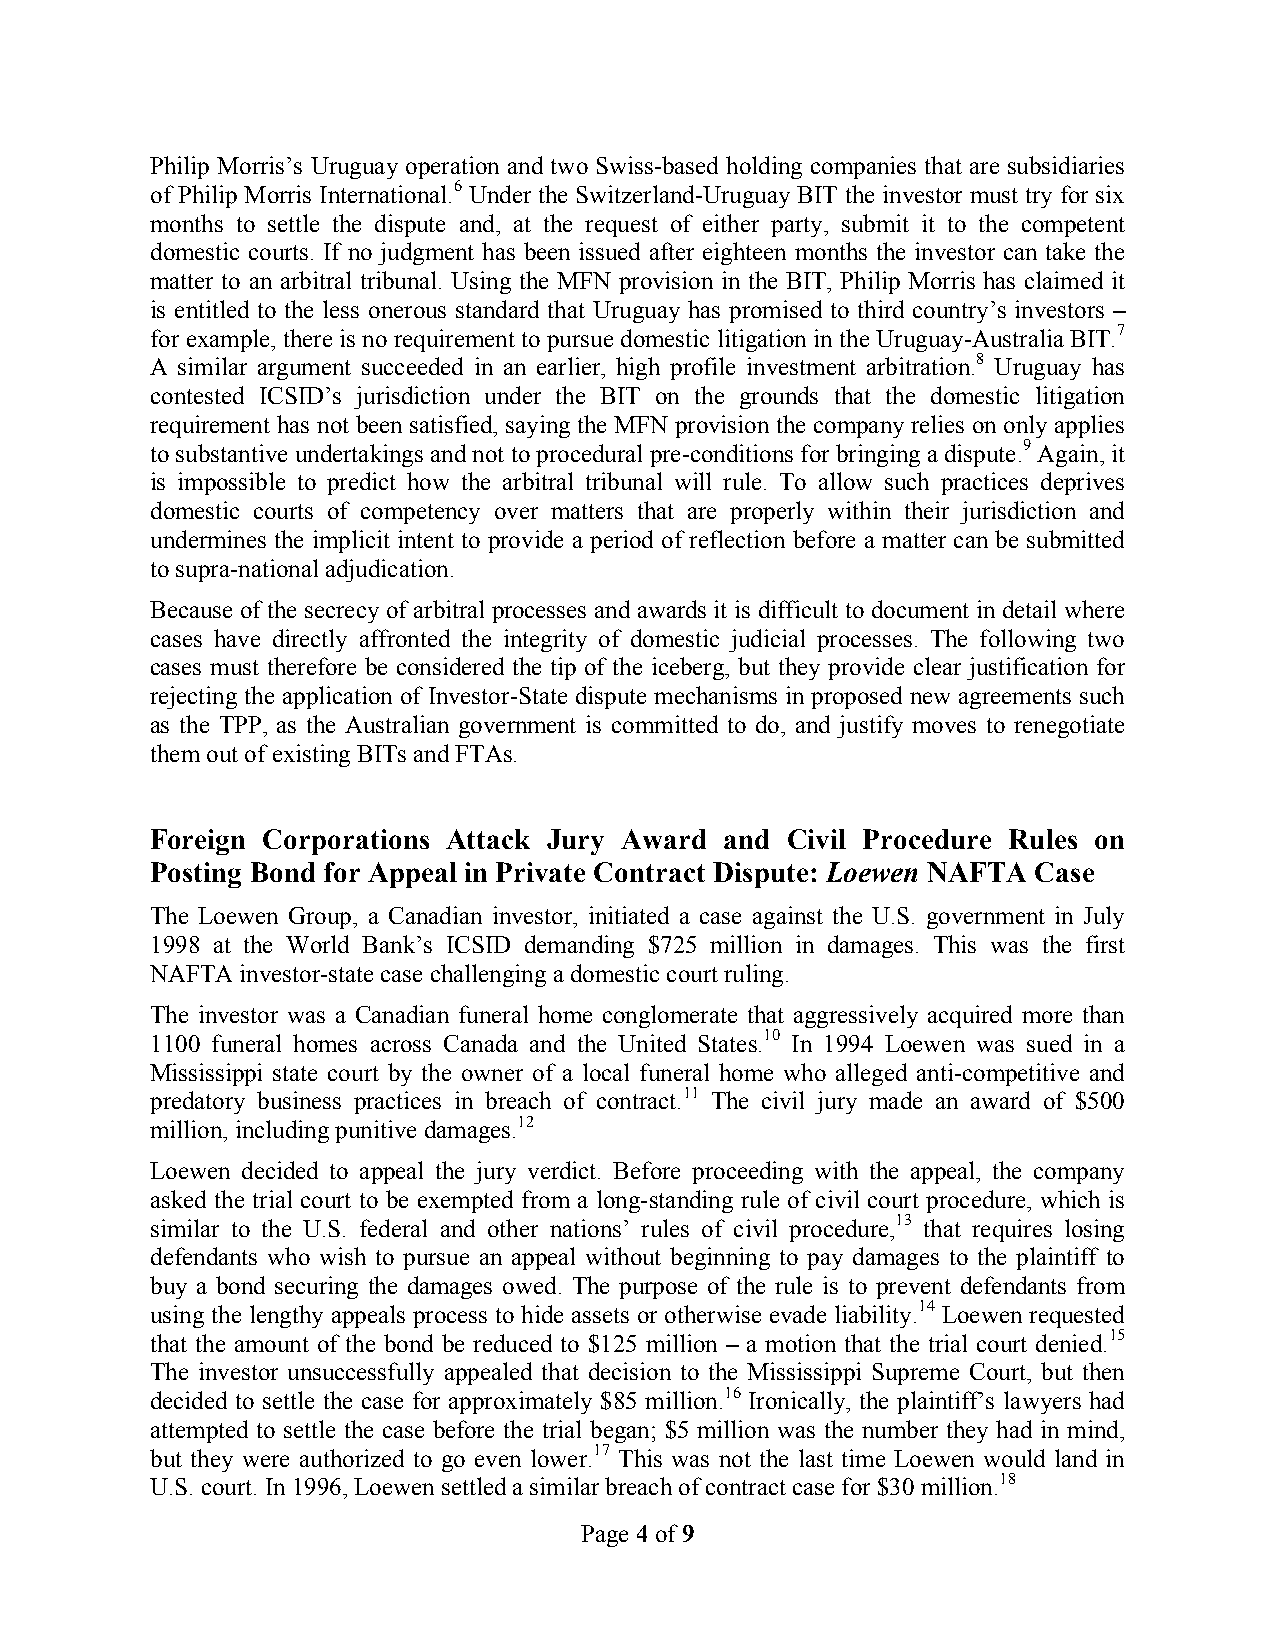
Philip Morris’s Uruguay operation and two Swiss-based holding companies that are subsidiaries
 of Philip Morris International.6 Under the Switzerland-Uruguay BIT the investor must try for six
 months to settle the dispute and, at the request of either party, submit it to the competent
 domestic courts. If no judgment has been issued after eighteen months the investor can take the
 matter to an arbitral tribunal. Using the MFN provision in the BIT, Philip Morris has claimed it
 is entitled to the less onerous standard that Uruguay has promised to third country’s investors –
 for example, there is no requirement to pursue domestic litigation in the Uruguay-Australia BIT.7
 A similar argument succeeded in an earlier, high profile investment arbitration.8 Uruguay has
 contested ICSID’s jurisdiction under the BIT on the grounds that the domestic litigation
 requirement has not been satisfied, saying the MFN provision the company relies on only applies
 to substantive undertakings and not to procedural pre-conditions for bringing a dispute.9 Again, it
 is impossible to predict how the arbitral tribunal will rule. To allow such practices deprives
 domestic courts of competency over matters that are properly within their jurisdiction and
 undermines the implicit intent to provide a period of reflection before a matter can be submitted
 to supra-national adjudication.
 Because of the secrecy of arbitral processes and awards it is difficult to document in detail where
 cases have directly affronted the integrity of domestic judicial processes. The following two
 cases must therefore be considered the tip of the iceberg, but they provide clear justification for
 rejecting the application of Investor-State dispute mechanisms in proposed new agreements such
 as the TPP, as the Australian government is committed to do, and justify moves to renegotiate
 them out of existing BITs and FTAs.
 Foreign Corporations Attack Jury Award and Civil Procedure Rules on
 Posting Bond for Appeal in Private Contract Dispute: Loewen NAFTA Case
 The Loewen Group, a Canadian investor, initiated a case against the U.S. government in July
 1998 at the World Bank’s ICSID demanding $725 million in damages. This was the first
 NAFTA investor-state case challenging a domestic court ruling.
 The investor was a Canadian funeral home conglomerate that aggressively acquired more than
 1100 funeral homes across Canada and the United States.10 In 1994 Loewen was sued in a
 Mississippi state court by the owner of a local funeral home who alleged anti-competitive and
 predatory business practices in breach of contract.11 The civil jury made an award of $500
 million, including punitive damages.12
 Loewen decided to appeal the jury verdict. Before proceeding with the appeal, the company
 asked the trial court to be exempted from a long-standing rule of civil court procedure, which is
 similar to the U.S. federal and other nations’ rules of civil procedure,13 that requires losing
 defendants who wish to pursue an appeal without beginning to pay damages to the plaintiff to
 buy a bond securing the damages owed. The purpose of the rule is to prevent defendants from
 using the lengthy appeals process to hide assets or otherwise evade liability.14 Loewen requested
 that the amount of the bond be reduced to $125 million – a motion that the trial court denied.15
 The investor unsuccessfully appealed that decision to the Mississippi Supreme Court, but then
 decided to settle the case for approximately $85 million.16 Ironically, the plaintiff’s lawyers had
 attempted to settle the case before the trial began; $5 million was the number they had in mind,
 but they were authorized to go even lower.17 This was not the last time Loewen would land in
 U.S. court. In 1996, Loewen settled a similar breach of contract case for $30 million.18
 Page 4 of 9